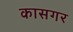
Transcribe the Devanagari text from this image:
कासगर